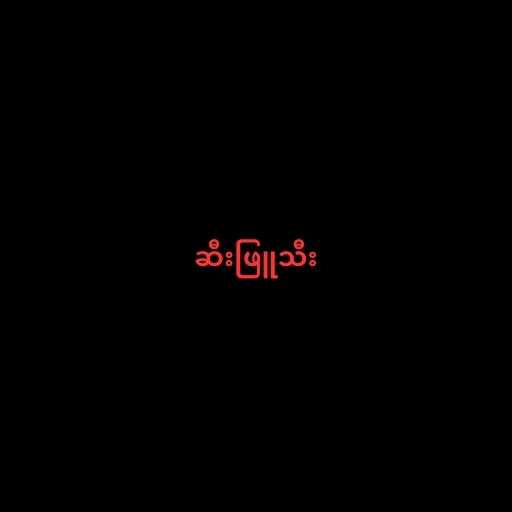
ဆီးဖြူသီး